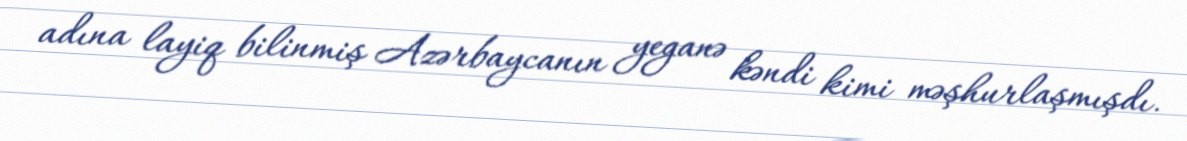
adına layiq bilinmiş Azərbaycanın yeganə kəndi kimi məşhurlaşmışdı.